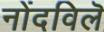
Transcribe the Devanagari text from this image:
नोंदविलॆ